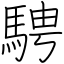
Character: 騁